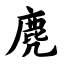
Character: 麂